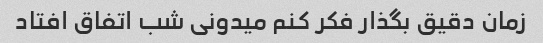
زمان دقیق بگذار فکر کنم میدونی شب اتفاق افتاد